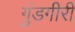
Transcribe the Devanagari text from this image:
गुंडगीरी